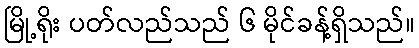
မြို့ရိုး ပတ်လည်သည် ၆ မိုင်ခန့်ရှိသည်။